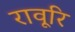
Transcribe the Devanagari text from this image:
रावूरि